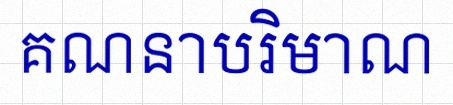
គណនាបរិមាណ